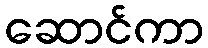
ဆောင်ကာ